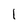
Character: 1